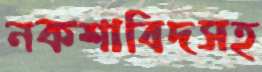
নকশাবিদসহ